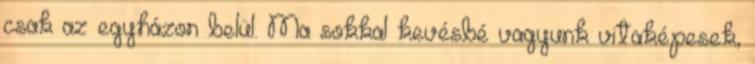
csak az egyházon belül. Ma sokkal kevésbé vagyunk vitaképesek,